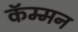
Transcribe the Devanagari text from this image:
कॅम्मन